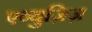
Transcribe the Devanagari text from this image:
एब्युज़िज़